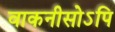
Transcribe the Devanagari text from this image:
वाकनीसोऽपि